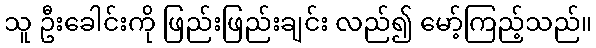
သူ ဦးခေါင်းကို ဖြည်းဖြည်းချင်း လည်၍ မော့်ကြည့်သည်။